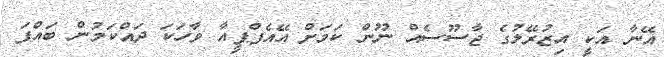
އޭނާ އަކީ އިޒުރޭލުގެ ޖާސޫސެއް ނޫން ކަމަށް އޭއެފްޕީއާ ވާހަކަ ދައްކަމުން ބައްޕަ